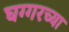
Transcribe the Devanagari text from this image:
घग्गरच्या